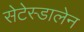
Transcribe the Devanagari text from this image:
सेटेस्डालेन